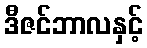
ဒီဇင်ဘာလနှင့်